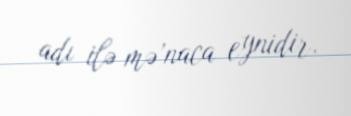
adı ilə mə’naca eynidir.